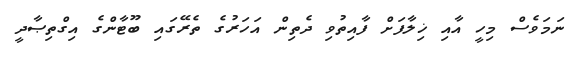
ނަމަވެސް މިހީ އާއި ޚިލާފަށް ފާއިތުވި ދެތިން އަހަރުގެ ތެރޭގައި ބޫޓާންގެ އިގްތިޞާދީ